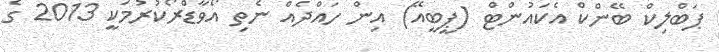
ޕަބްލިކް ބޭންކް އެކައުންޓް (ޕީބީއޭ) އިން ހައްދެއް ނެތި އޯވާޑްރޯކުރުމަކީ 2013 ގެ